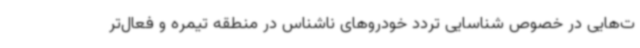
ت‌هایی در خصوص شناسایی تردد خودروهای ناشناس در منطقه تیمره و فعال‌تر